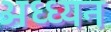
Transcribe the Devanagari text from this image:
अध्ध्यन